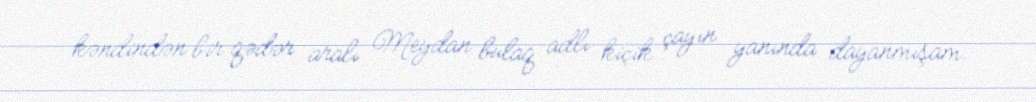
kəndindən bir qədər aralı Meydan bulaq adlı kiçik çayın yanında dayanmışam.